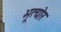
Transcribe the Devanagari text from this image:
भूत्योर